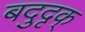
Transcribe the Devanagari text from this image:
बदुदृक्